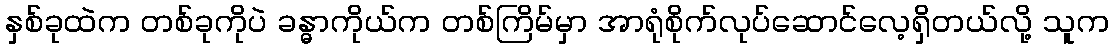
နှစ်ခုထဲက တစ်ခုကိုပဲ ခန္ဓာကိုယ်က တစ်ကြိမ်မှာ အာရုံစိုက်လုပ်ဆောင်လေ့ရှိတယ်လို့ သူက